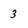
Character: 3